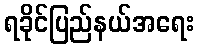
ရခိုင်ပြည်နယ်အရေး